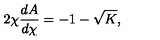
2 \chi \frac { d A } { d \chi } = - 1 - \sqrt { K } ,